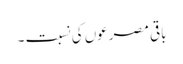
باقی مصرعوں کی نسبت ۔